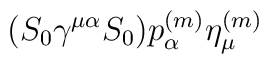
(S_0 \gamma^{\mu\alpha} S_0)p^{(m)}_\alpha \eta^{(m)}_\mu